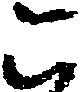
こ